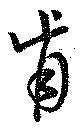
肯